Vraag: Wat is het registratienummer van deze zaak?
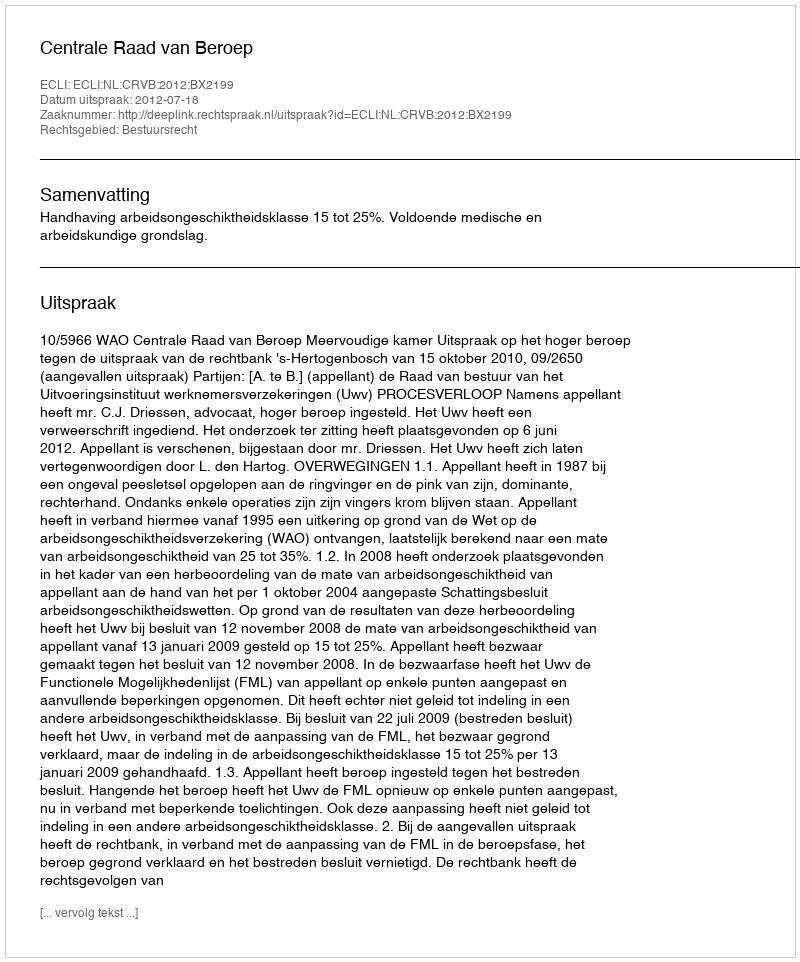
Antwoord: http://deeplink.rechtspraak.nl/uitspraak?id=ECLI:NL:CRVB:2012:BX2199